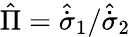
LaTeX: \hat{\Pi}={\hat{\dot{\sigma}}_{1}}/{\hat{\dot{\sigma}}_{2}}